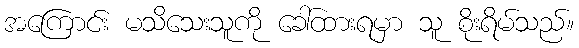
အကြောင်း မသိသေးသူကို ခေါ်ထားရမှာ သူ စိုးရိမ်သည်။